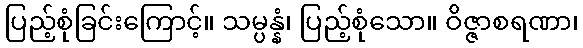
ပြည့်စုံခြင်းကြောင့်။ သမ္ပန္နံ၊ ပြည့်စုံသော။ ဝိဇ္ဇာစရဏာ၊